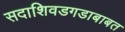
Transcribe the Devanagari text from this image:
सदाशिवडगडाबाबत